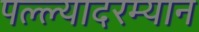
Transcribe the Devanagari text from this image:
पल्ल्यादरम्यान